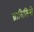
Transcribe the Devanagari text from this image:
ब्राविसिमो